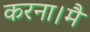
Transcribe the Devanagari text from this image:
करना।मैं